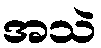
အသဲ